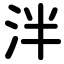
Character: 泮